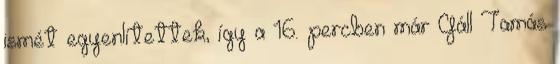
ismét egyenlítettek, így a 16. percben már Gáll Tamás